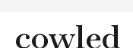
cowled